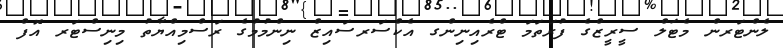
ލެންޓަރން މެޓަލް ސީރީޒްގެ ފުރަތަމަ ޓްރެއިނިންގ އެކްސަރސައިޒް ނިންމުމުގެ ރަސްމިއްޔާތު މިނިސްޓަރ އޮފް